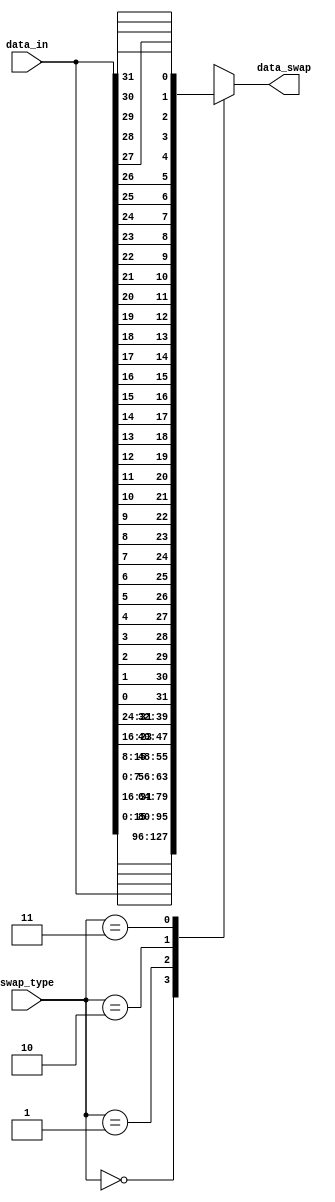

module data_swap
#(
	parameter WIDTH = 32
)(
	//OUTPUTS
	output [WIDTH - 1:0] data_swap,
	//INPUTS
	input  [WIDTH - 1:0] data_in,
	input  [ 1:0] swap_type
);

//=====================================================================================
// Swap Types
//=====================================================================================
localparam NO_SWAP        = 2'b00;
localparam HALF_WORD_SWAP = 2'b01;
localparam BYTE_SWAP      = 2'b10;
localparam BIT_SWAP       = 2'b11;

localparam TYPES = 4;

wire [WIDTH - 1 : 0] words[0 : TYPES - 1];

generate
	genvar i, j;
	for(i = 0; i < TYPES; i = i + 1)
	begin:BLOCK
		for(j = 0; j < WIDTH; j = j + 1)
			begin: SUB_BLOCK
				if(i != 3)
					assign words[i][j] = data_in[(WIDTH - (WIDTH/2**i)) - 2*(WIDTH/2**i)*(j/(WIDTH/2**i)) + j];
				else
					assign words[i][j] = data_in[WIDTH - 1 - j];
			end
	end
endgenerate

assign data_swap = words[swap_type];

endmodule